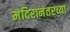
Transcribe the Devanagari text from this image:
मंदिरानंतरच्या